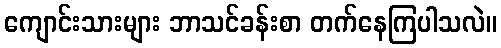
ကျောင်းသားများ ဘာသင်ခန်းစာ တက်နေကြပါသလဲ။